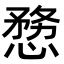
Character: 𭞤